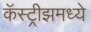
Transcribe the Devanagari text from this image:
कॅस्ट्रीझमध्ये